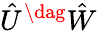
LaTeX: \hat{U}^{\dag}\hat{W}